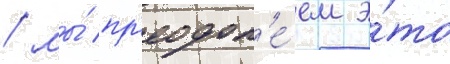
/ мы́ пр'еодол'е́ем э́то